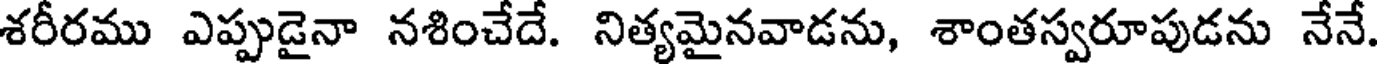
శరీరము ఎప్పుడైనా నశించేదే. నిత్యమైనవాడను, శాంతస్వరూపుడను నేనే.